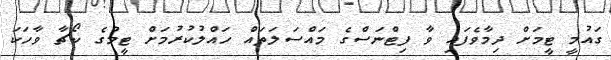
ގައުމީ ޓީމަށް ދިމާވެފައި ވާ ފިޓްނަސްގެ މައްސަލަތައް ހައްލުކުރުމަށް ޓީމުގެ ކޯޗާ ވާހަކަ